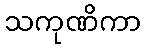
သကုဏိကာ